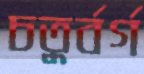
চতুর্বর্গ